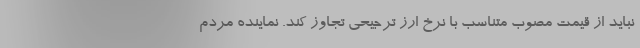
نباید از قیمت مصوب متناسب با نرخ ارز ترجیحی تجاوز کند. نماینده مردم